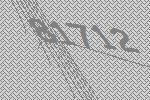
81712